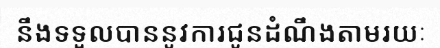
នឹងទទួលបាននូវការជូនដំណឹងតាមរយៈ